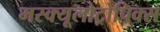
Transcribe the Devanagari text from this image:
मस्क्यूलोट्रोपिक्स